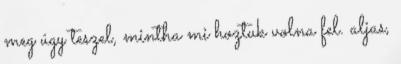
meg úgy teszel, mintha mi hoztuk volna fel. aljas,